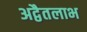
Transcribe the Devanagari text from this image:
अद्वैतलाभ